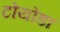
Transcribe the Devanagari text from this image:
टोयोडा